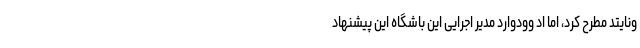
ونایتد مطرح کرد، اما اد وودوارد مدیر اجرایی این باشگاه این پیشنهاد